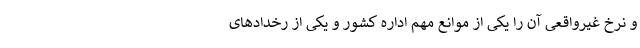
و نرخ غیرواقعی آن را یکی از موانع مهم اداره کشور و یکی از رخدادهای